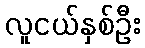
လူငယ်နှစ်ဦး